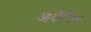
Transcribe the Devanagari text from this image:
आयॊजित